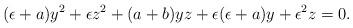
LaTeX: \begin{align*}(\epsilon+a)y^{2} + \epsilon z^{2} +(a+b)yz + \epsilon(\epsilon+a)y + \epsilon^{2}z =0.\end{align*}